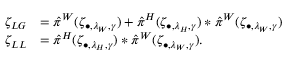
\begin{array} { r l } { \zeta _ { L G } } & { = \hat { \pi } ^ { W } ( \zeta _ { \bullet , \lambda _ { W } , \gamma } ) + \hat { \pi } ^ { H } ( \zeta _ { \bullet , \lambda _ { H } , \gamma } ) * \hat { \pi } ^ { W } ( \zeta _ { \bullet , \lambda _ { W } , \gamma } ) } \\ { \zeta _ { L L } } & { = \hat { \pi } ^ { H } ( \zeta _ { \bullet , \lambda _ { H } , \gamma } ) * \hat { \pi } ^ { W } ( \zeta _ { \bullet , \lambda _ { W } , \gamma } ) . } \end{array}